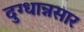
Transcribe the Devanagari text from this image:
दुग्धान्नसार